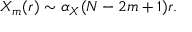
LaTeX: X _ { m } ( r ) \sim \alpha _ { X } ( N - 2 m + 1 ) r .